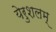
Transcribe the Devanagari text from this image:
येरुशलम्